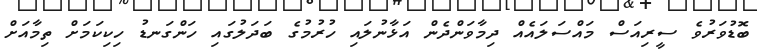
ބޮޑުވަރުވެ ސީރިއަސް މައްސަލައެއް ދިމާވަންދެން އަޅާނުލައި ހުރުމުގެ ބަދަލުގައި ހަންގަނޑު ހިކިކަމަށް ތިމާއަށް